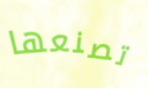
تصنعها